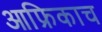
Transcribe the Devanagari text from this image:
आफ्रिकाच